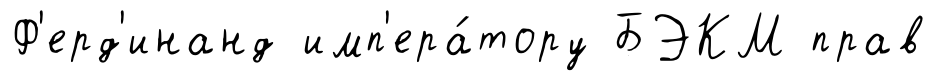
Ф'ерд'инанд имп'ера́тору БЭКМ прав